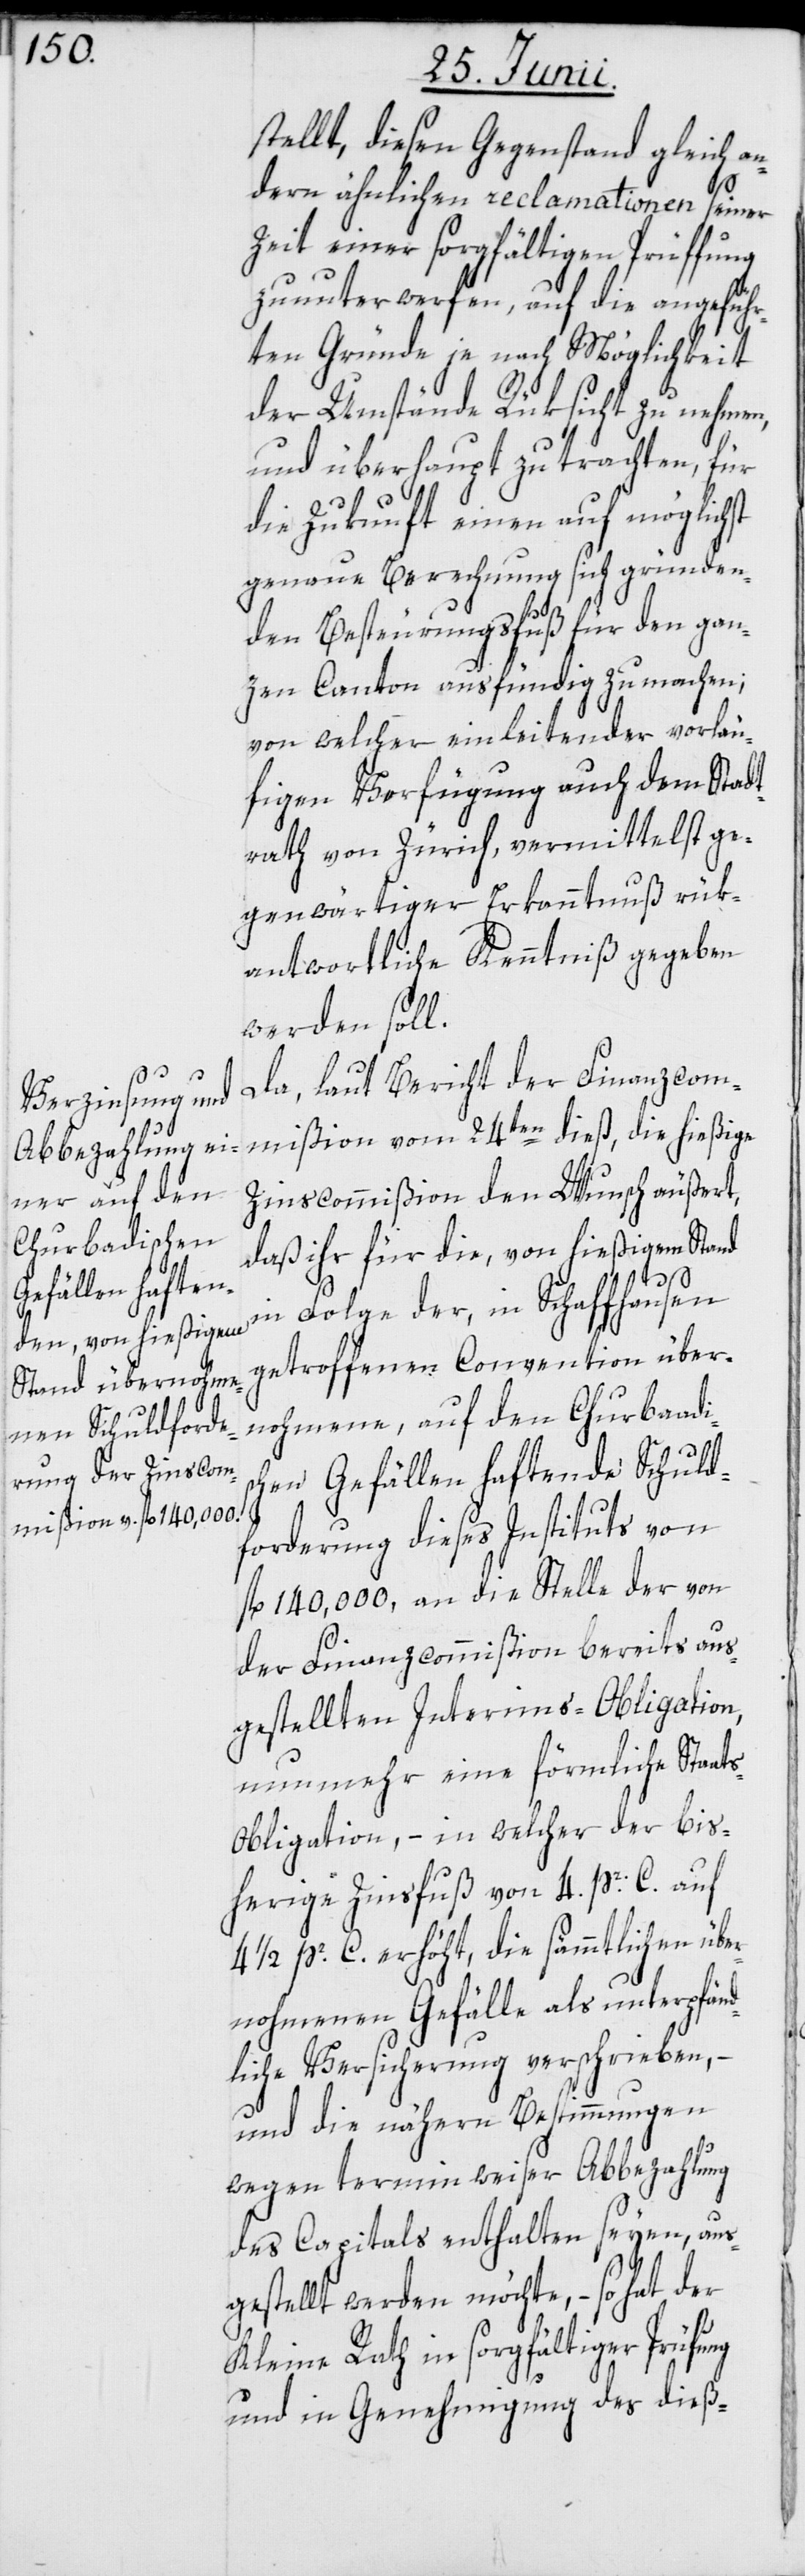
stellt, diesen Gegenstand gleich an¬
dern ähnlichen reclamationen seiner
Zeit einer sorgfältigen Prüffung
zu unterwerfen, auf die angeführ¬
ten Gründe je nach Möglichkeit
der Umstände Rüksicht zu nehmen,
und überhaupt zu trachten, für
die Zukunft einen auf möglichst
genaue Berechnung sich gründen¬
den Besteurungsfuß für den gan¬
zen Canton ausfündig zu machen;
von welcher einleitender vorläu¬
figen Verfügung auch dem Stadt¬
rath von Zürich, vermittelst ge¬
genwärtiger Erkanntnuß rük¬
antwortliche Kenntniß gegeben
werden soll.
Da, laut Bericht der Finanzcom¬
mißion vom 24ten dieß, die hießige
Zinscommißion den Wunsch äußert,
daß ihr für die, von hießigem Stand
sc¬
in Folge der, in Schaffhausen
getroffenen Convention über¬
nohmene, auf den Churbaadi¬
hen Gefällen haftende Schuld¬
forderung dieses Instituts von
fl. 140,000, an die Stelle der von
der Finanzcommißion bereits aus¬
gestellten Interims-Obligation,
nunmehr eine förmliche Staat¬
s-Obligation, – in welcher der bis¬
herige Zinsfuß von 4. pr. C. auf
4 1/2. pr. C. erhöht, die sämmtlichen über¬
nohmenen Gefälle als unterpfänd¬
liche Versicherung verschrieben, –
und die nähern Bestimmungen
wegen terminweiser Abbezahlung
des Capitals enthalten seyen, aus¬
gestellt werden möchte, – so hat der
Kleine Rath in sorgfältiger Prüfung
und in Genehmigung des dieß-